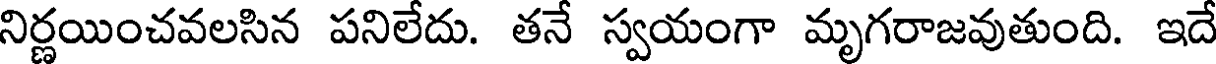
నిర్ణయించవలసిన పనిలేదు. తనే స్వయంగా మృగరాజవుతుంది. ఇదే